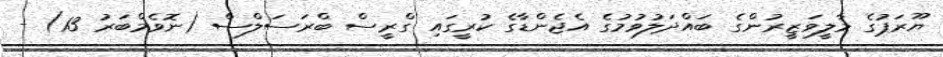
ޔޫރަޕުގެ މާލީވަޒީރުންގެ ބައްދަލުވުމުގެ އެޖެންޑާގެ ކުރީގައި ގްރީސް ބްރަސަލްސް (ނޮވެމްބަރު 13) -